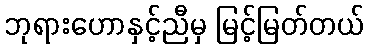
ဘုရားဟောနှင့်ညီမှ မြင့်မြတ်တယ်